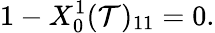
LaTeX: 1-X_{0}^{1}(\mathcal{T})_{11}=0.